Report on the lunatic asylums under the Government of Bombay - 1904-1913
Year: 1904
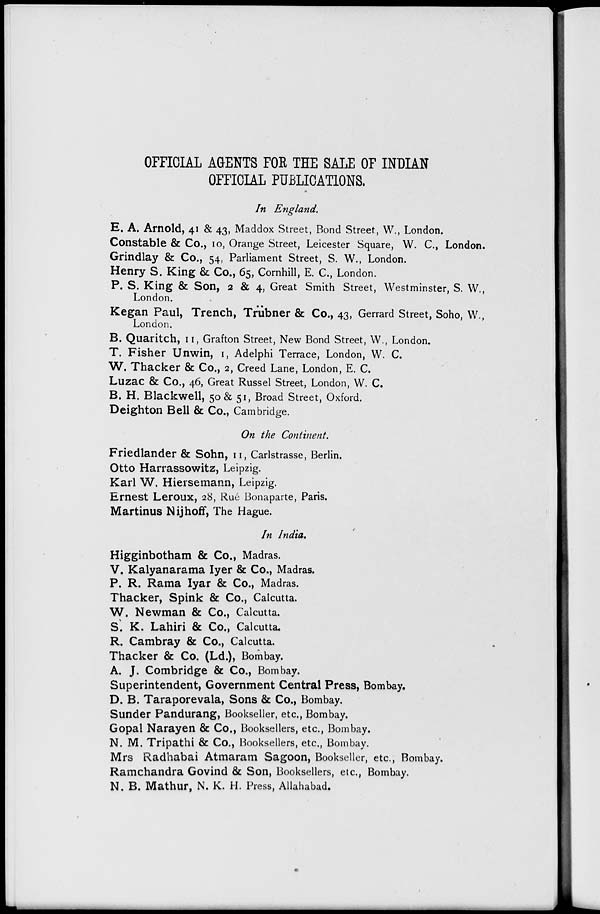
OFFICIAL AGENTS FOR THE SALE OF INDIAN
OFFICIAL PUBLICATIONS.
In England.
E. A. Arnold, 41 & 43, Maddox Street, Bond Street, W., London.
Constable & Co., 10, Orange Street, Leicester Square, W. C., London.
Grindlay & Co., 54, Parliament Street, S. W., London.
Henry S. King & Co., 65, Cornhill, E. C, London.
P. S. King & Son, 2 & 4, Great Smith Street, Westminster, S. W.,
London.
Kegan Paul, Trench, Trübner & Co., 43, Gerrard Street, Soho, W.,
London.
B. Quaritch, II, Grafton Street, New Bond Street, W., London.
T. Fisher Unwin, 1, Adelphi Terrace, London, W. C.
W. Thacker & Co., 2, Creed Lane, London, E. C.
Luzac & Co., 46, Great Russel Street, London, W. C.
B. H. Blackwell, 50 & 51, Broad Street, Oxford.
Deighton Bell & Co., Cambridge.
On the Continent.
Friedlander & Sohn, II, Carlstrasse, Berlin.
Otto Harrassowitz, Leipzig.
Karl W. Hiersemann, Leipzig.
Ernest Leroux, 28, Rué Bonaparte, Paris.
Martinus Nijhoff, The Hague.
In India.
Higginbotham & Co., Madras.
V. Kalyanarama Iyer & Co., Madras.
P. R. Rama Iyar & Co., Madras.
Thacker, Spink & Co., Calcutta.
W. Newman & Co., Calcutta.
S. K. Lahiri & Co., Calcutta.
R. Cambray & Co., Calcutta.
Thacker & Co. (Ld.), Bombay.
A. J. Combridge & Co., Bombay.
Superintendent, Government Central Press, Bombay.
D. B. Taraporevala, Sons & Co., Bombay.
Sunder Pandurang, Bookseller, etc., Bombay.
Gopal Narayen & Co., Booksellers, etc., Bombay.
N. M. Tripathi & Co., Booksellers, etc., Bombay.
Mrs Radhabai Atmaram Sagoon, Bookseller, etc., Bombay.
Ramchandra Govind & Son, Booksellers, etc., Bombay.
N. B. Mathur, N. K. H. Press, Allahabad.